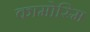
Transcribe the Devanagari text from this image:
कामोस्मि